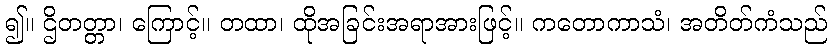
၍။ ဌိတတ္တာ၊ ကြောင့်။ တထာ၊ ထိုအခြင်းအရာအားဖြင့်။ ကတောကာသံ၊ အတိတ်ကံသည်